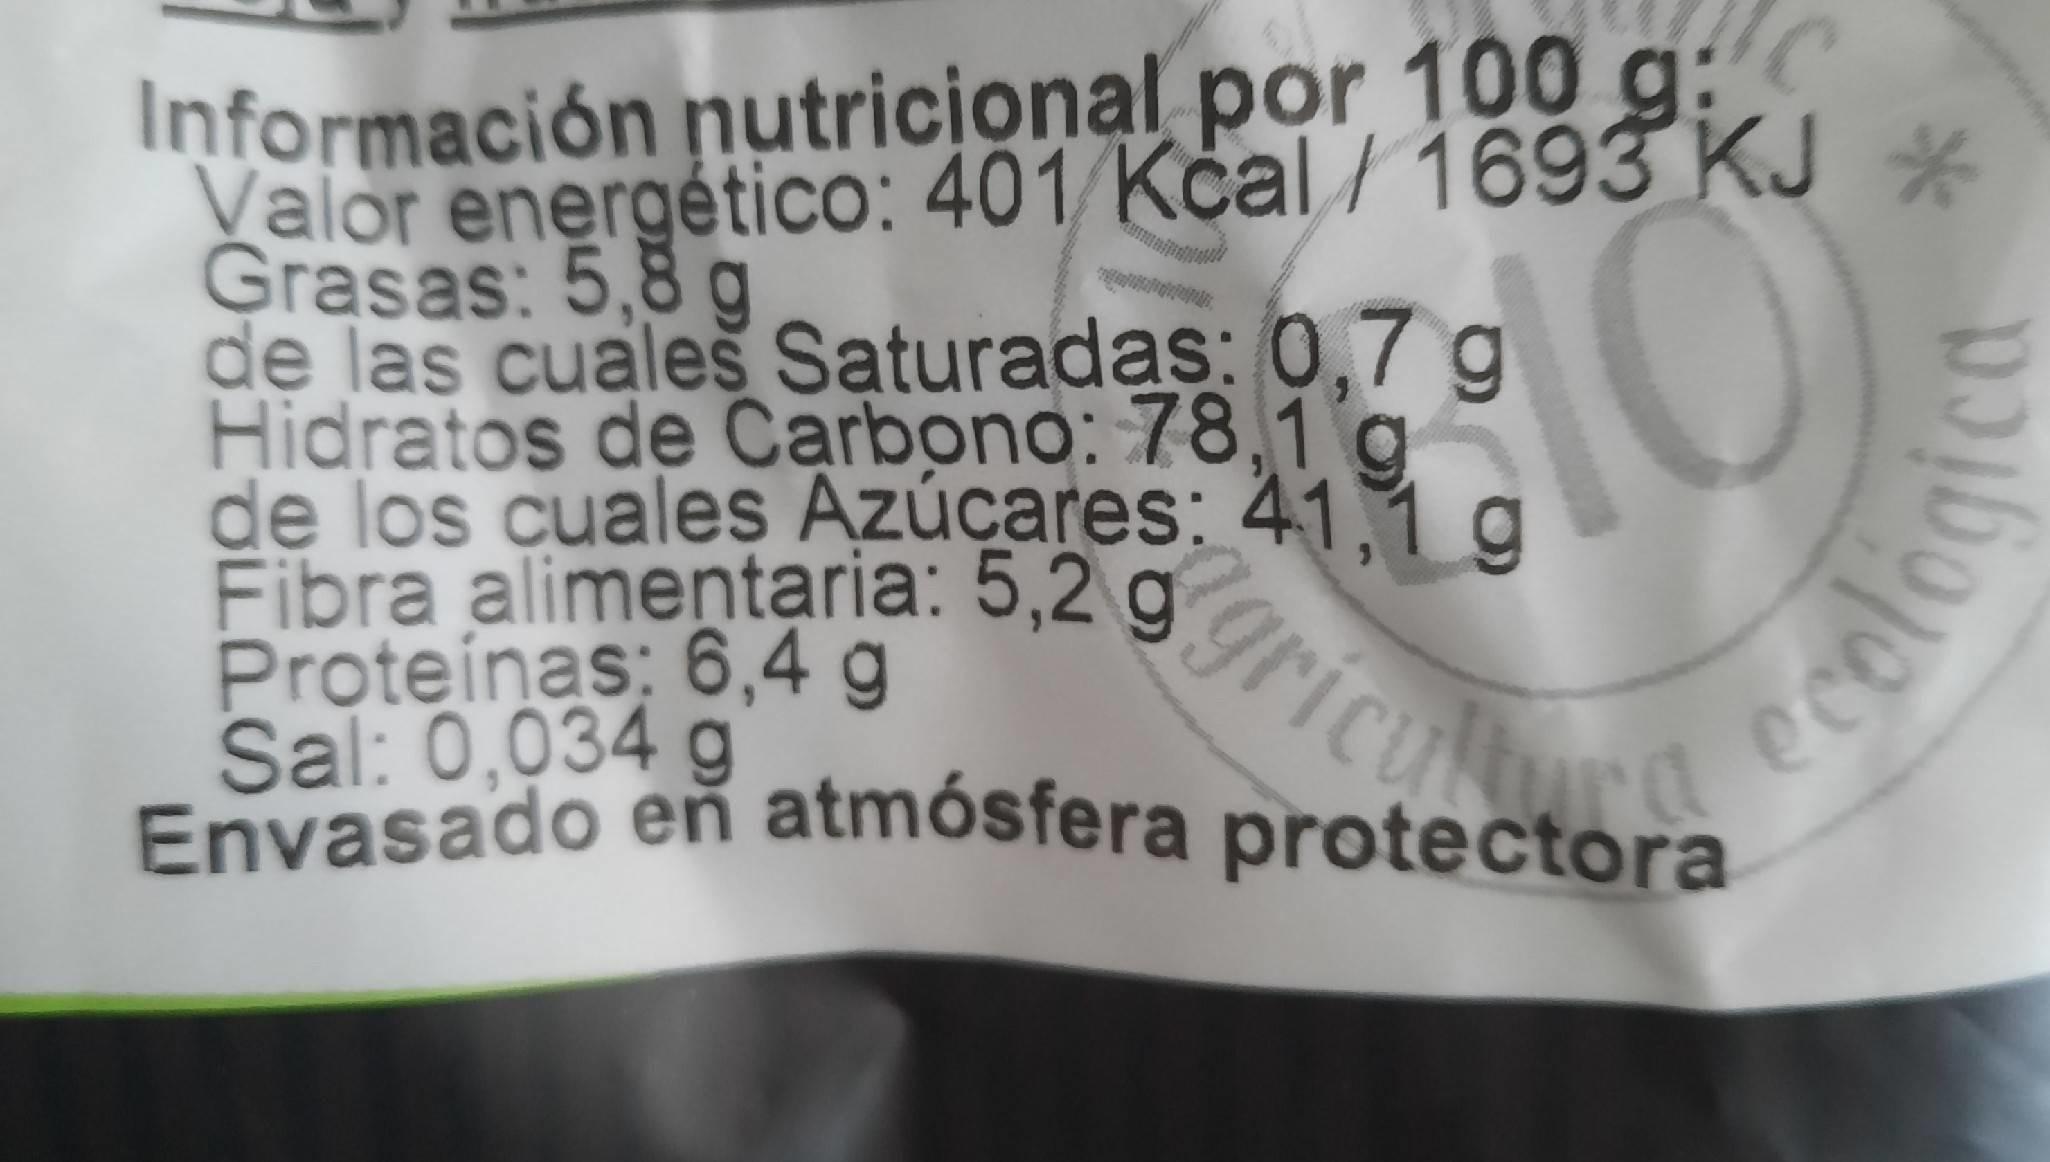
Información nutricional por 100 g: Valor energético: 401/Kčal/ 1693 KJ * Grasas: 5,8 g de las cuales Saturadas: 0,7 g Hidratos de Carbono: 78,1 g de los cuales Azúcares: 41,1 g Fibra alimentaria: 5,2 g Proteinas: 6,4 g Sal: 0,034 g Envasado eň atmósfera protectora
10 gricutrg
ecelogica